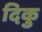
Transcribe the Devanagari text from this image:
दिकु